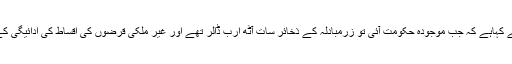
2015ء)وزیر اعظم کے معاو ن خصوصی برائے قومی امور عرفان صدیقی نے کہاہے کہ جب موجودہ حکومت آئی تو زرمبادلہ کے ذخائر سات آٹھ ارب ڈالر تھے اور غیر ملکی قرضوں کی اقساط کی ادائیگی کے بعد لگتا تھا کہ ملک دیوالیہ ہوجائے گا جس پر آئی ایم ایف کے پاس جانا پڑا ۔